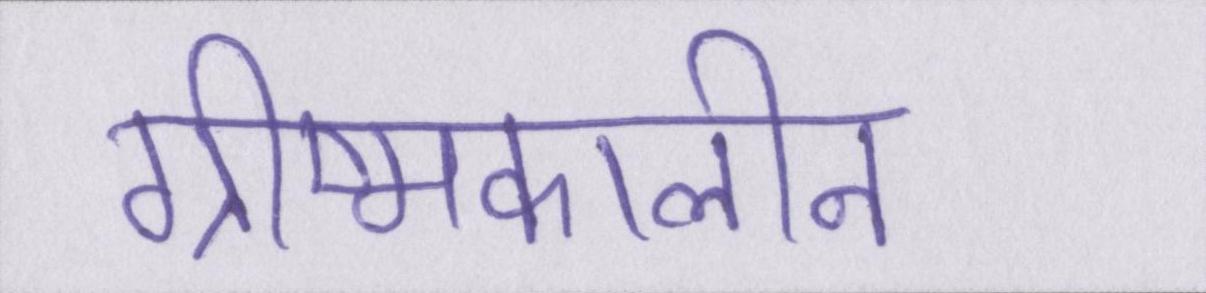
ग्रीष्मकालीन